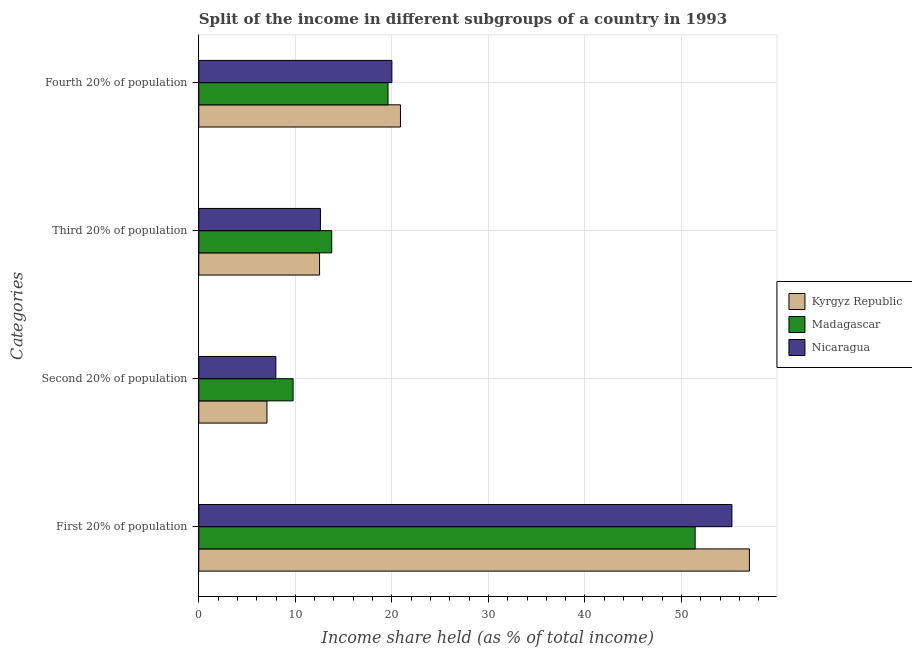
| Categories | Kyrgyz Republic | Madagascar | Nicaragua |
 | --- | --- | --- | --- |
 | First 20% of population | 57 | 51.4 | 55.2 |
 | Second 20% of population | 7.06 | 9.77 | 7.98 |
 | Third 20% of population | 12.5 | 13.8 | 12.6 |
 | Fourth 20% of population | 20.9 | 19.6 | 20 |